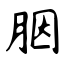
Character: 胭